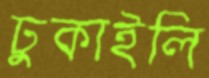
ঢুকাইলি